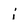
Character: j